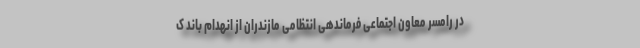
در رامسر معاون اجتماعی فرماندهی انتظامی مازندران از انهدام باند ک